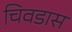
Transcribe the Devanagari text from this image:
चिवडास